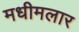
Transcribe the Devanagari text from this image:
मधीमलार